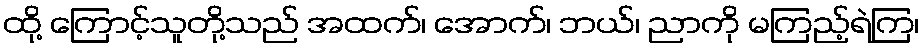
ထို့ ကြောင့်သူတို့သည် အထက်၊ အောက်၊ ဘယ်၊ ညာကို မကြည့်ရဲကြ၊